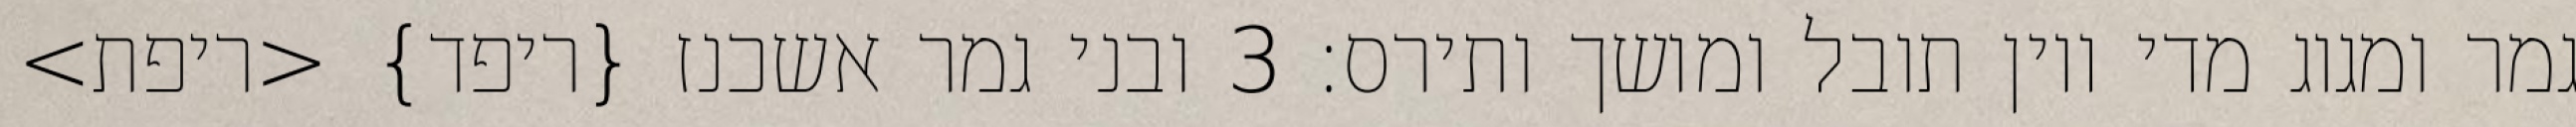
גמר ומגוג מדי ויון תובל ומושך ותירס׃ ‎3‏ ובני גמר אשכנז {ריפד} <ריפת>